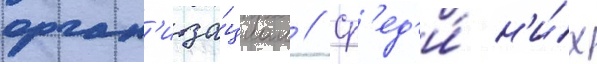
орган'иза́циам // Ср'ед'и́ н'и́х